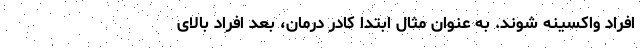
افراد واکسینه شوند. به عنوان مثال ابتدا کادر درمان، بعد افراد بالای